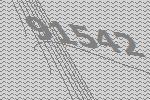
91542